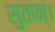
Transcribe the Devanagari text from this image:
सुतान्।